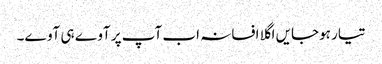
تیار ہوجایں اگلا افسانہ اب آپ پر آوے ہی آوے۔